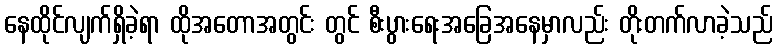
နေထိုင်လျက်ရှိခဲ့ရာ ထိုအတောအတွင်း တွင် စီးပွားရေးအခြေအနေမှာလည်း တိုးတက်လာခဲ့သည်